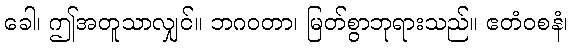
ခေါ၊ ဤအတူသာလျှင်။ ဘဂဝတာ၊ မြတ်စွာဘုရားသည်။ ဧတံဝစနံ၊